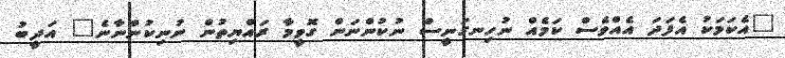
"އެކަމަކު އެފަދަ އެއްވެސް ކަމެއް ނުހިނގަނީސް ނުކުންނަން ގޮވީމާ ރައްޔިތުން ނުނިކުންނާނެ" އަދީބު